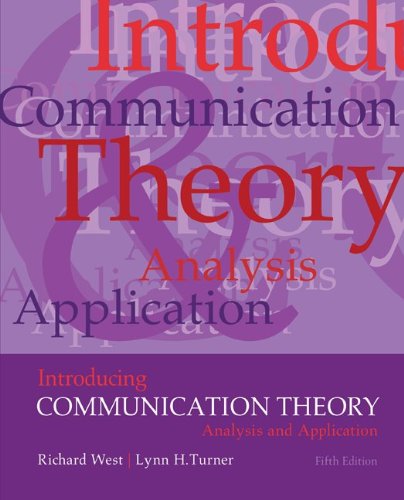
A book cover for Introducing Communication Theory: Analysis and Application; Richard West; Computers & Technology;